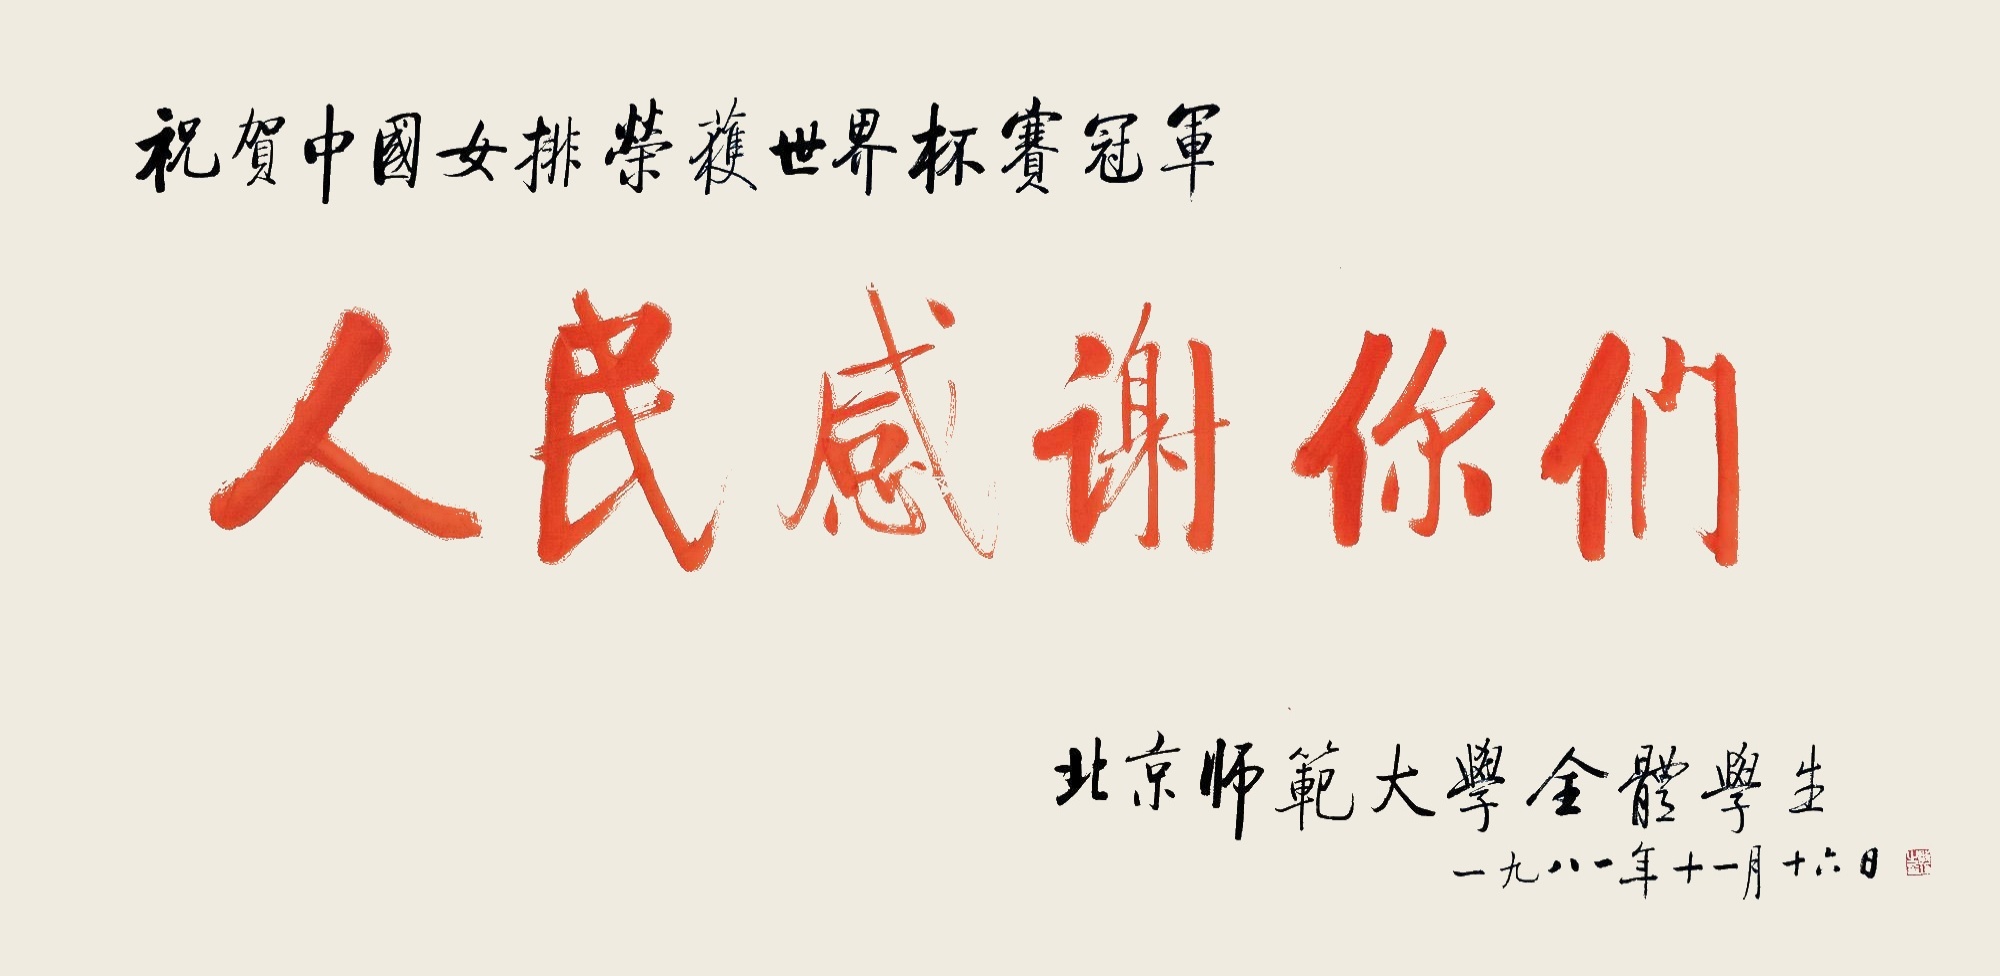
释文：人民感谢你们。祝贺中国女排荣获世界杯赛冠军，北京师范大学全体学生，一九八一年十一月十六日。